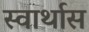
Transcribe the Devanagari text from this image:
स्वार्थास